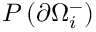
P \left( \partial \Omega _ { i } ^ { - } \right)